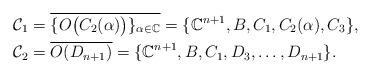
LaTeX: \begin{align*}\mathcal{C}_1&=\overline{\{O\big(C_2(\alpha)\big) \}_{\alpha \in\mathbb{C}}} = \{\mathbb{C}^{n+1}, B, C_1, C_2(\alpha), C_3 \},\\\mathcal{C}_2&=\overline{O(D_{n+1})} = \{\mathbb{C}^{n+1}, B,C_1, D_3, \ldots, D_{n+1} \}.\end{align*}